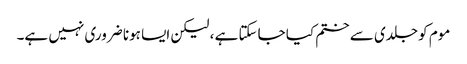
موم کو جلدی سے ختم کیا جاسکتا ہے ، لیکن ایسا ہونا ضروری نہیں ہے۔